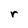
Character: r